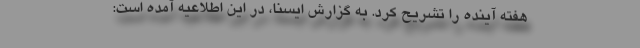
هفته آینده را تشریح کرد. به گزارش ایسنا، در این اطلاعیه آمده است: